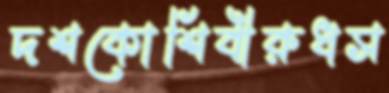
দশকোশিবীরুধস